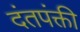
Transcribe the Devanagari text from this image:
दंतपंक्ती